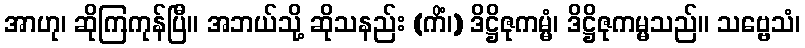
အာဟု၊ ဆိုကြကုန်ပြီ။ အဘယ်သို့ ဆိုသနည်း (ကိံ၊) ဒိဋ္ဌိဇုကမ္မံ၊ ဒိဋ္ဌိဇုကမ္မသည်။ သဗ္ဗေသံ၊